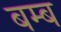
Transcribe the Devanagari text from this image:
बम्‍ब